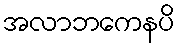
အလာဘကေနပိ